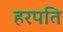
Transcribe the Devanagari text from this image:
हरपति